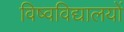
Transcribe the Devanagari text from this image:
विष्वविद्यालयों